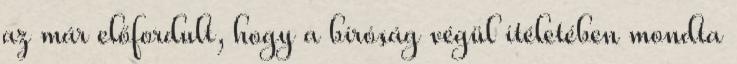
az már előfordult, hogy a bíróság végül ítéletében mondta